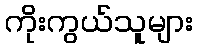
ကိုးကွယ်သူများ